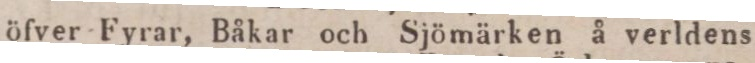
öfver Fyrar, Båkar och Sjömärken å verldens